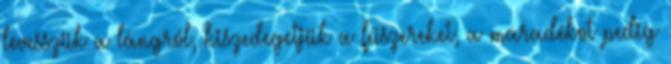
levesszük a lángról, kiszedegetjük a fűszereket, a maradékot pedig